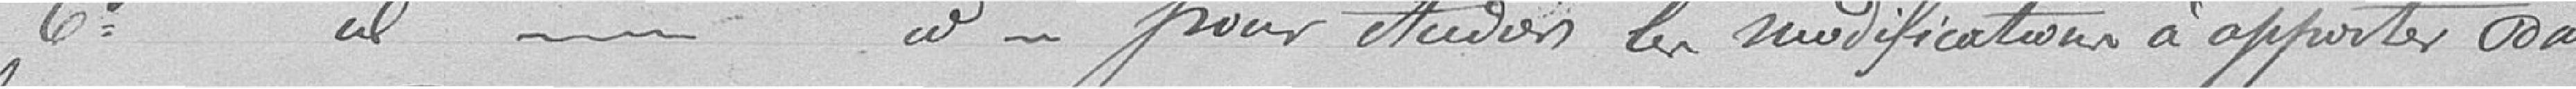
6° Nomination d'une commission pour aider les modifications à apporter pour